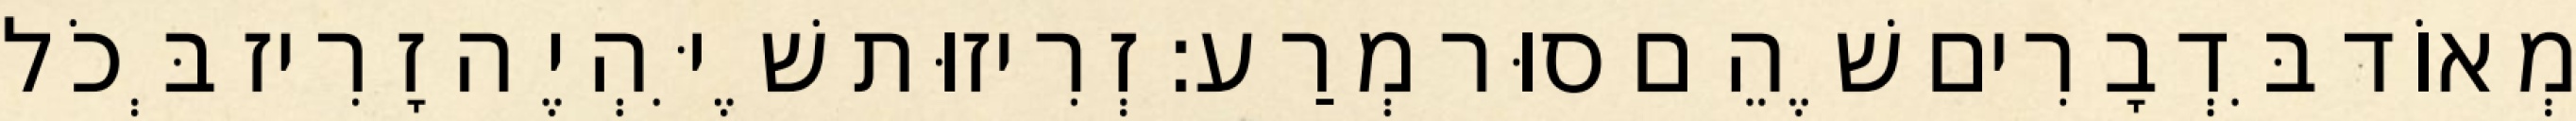
מְאוֹד בִּדְבָרִים שֶׁהֵם סוּר מְרַע: זְרִיזוּת שֶׁיִּהְיֶה זָרִיז בְּכֹל